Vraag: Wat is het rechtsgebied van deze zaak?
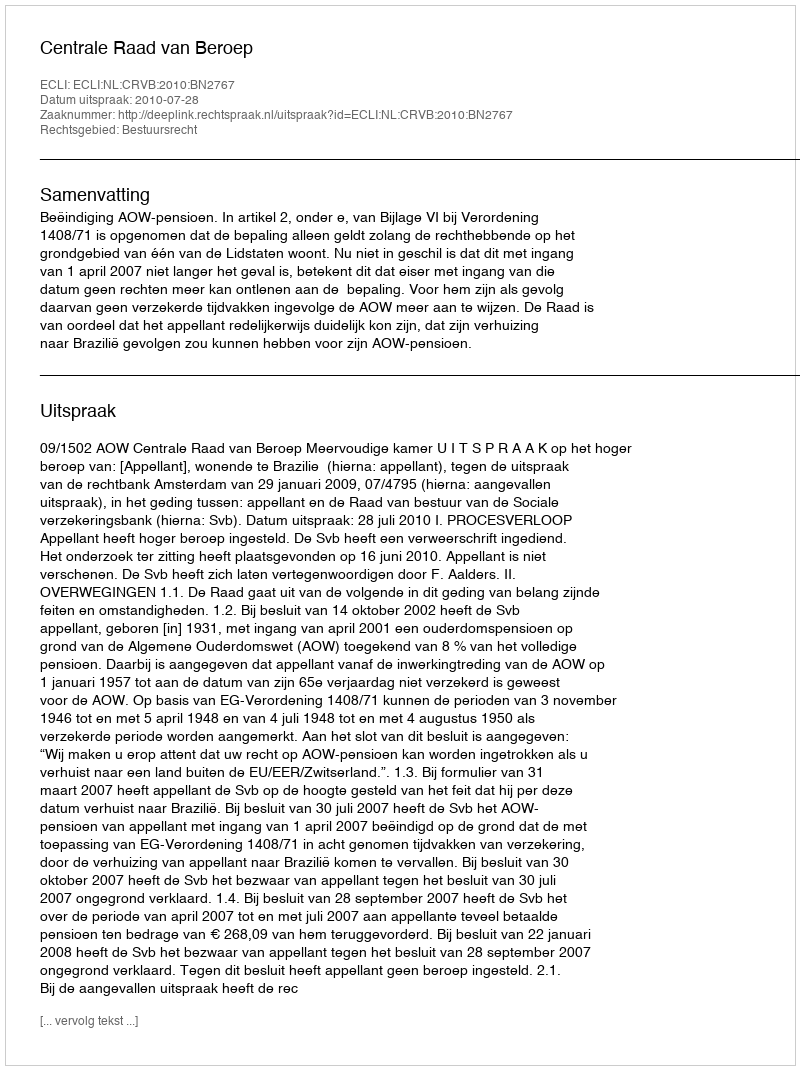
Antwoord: Bestuursrecht